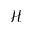
\mathcal { H }